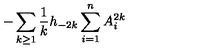
- \sum _ { k \ge 1 } { \frac { 1 } { k } } h _ { - 2 k } \sum _ { i = 1 } ^ { n } A _ { i } ^ { 2 k }